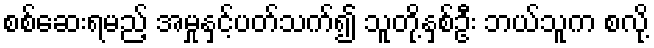
စစ်ဆေးရမည့် အမှုနှင့်ပတ်သက်၍ သူတို့နှစ်ဦး ဘယ်သူက စလို့